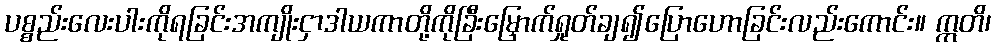
ပစ္စည်းလေးပါးကိုရခြင်းအကျိုးငှာဒါယကာတို့ကိုခြီးမြှောက်ရှုတ်ချ၍ပြောဟောခြင်းလည်းကောင်း။ ဣတိ၊